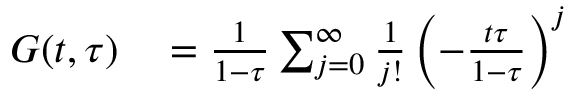
\begin{array} { r l } { G ( t , \tau ) } & { { } = \frac { 1 } { 1 - \tau } \sum _ { j = 0 } ^ { \infty } \frac { 1 } { j ! } \left( - \frac { t \tau } { 1 - \tau } \right) ^ { j } } \end{array}